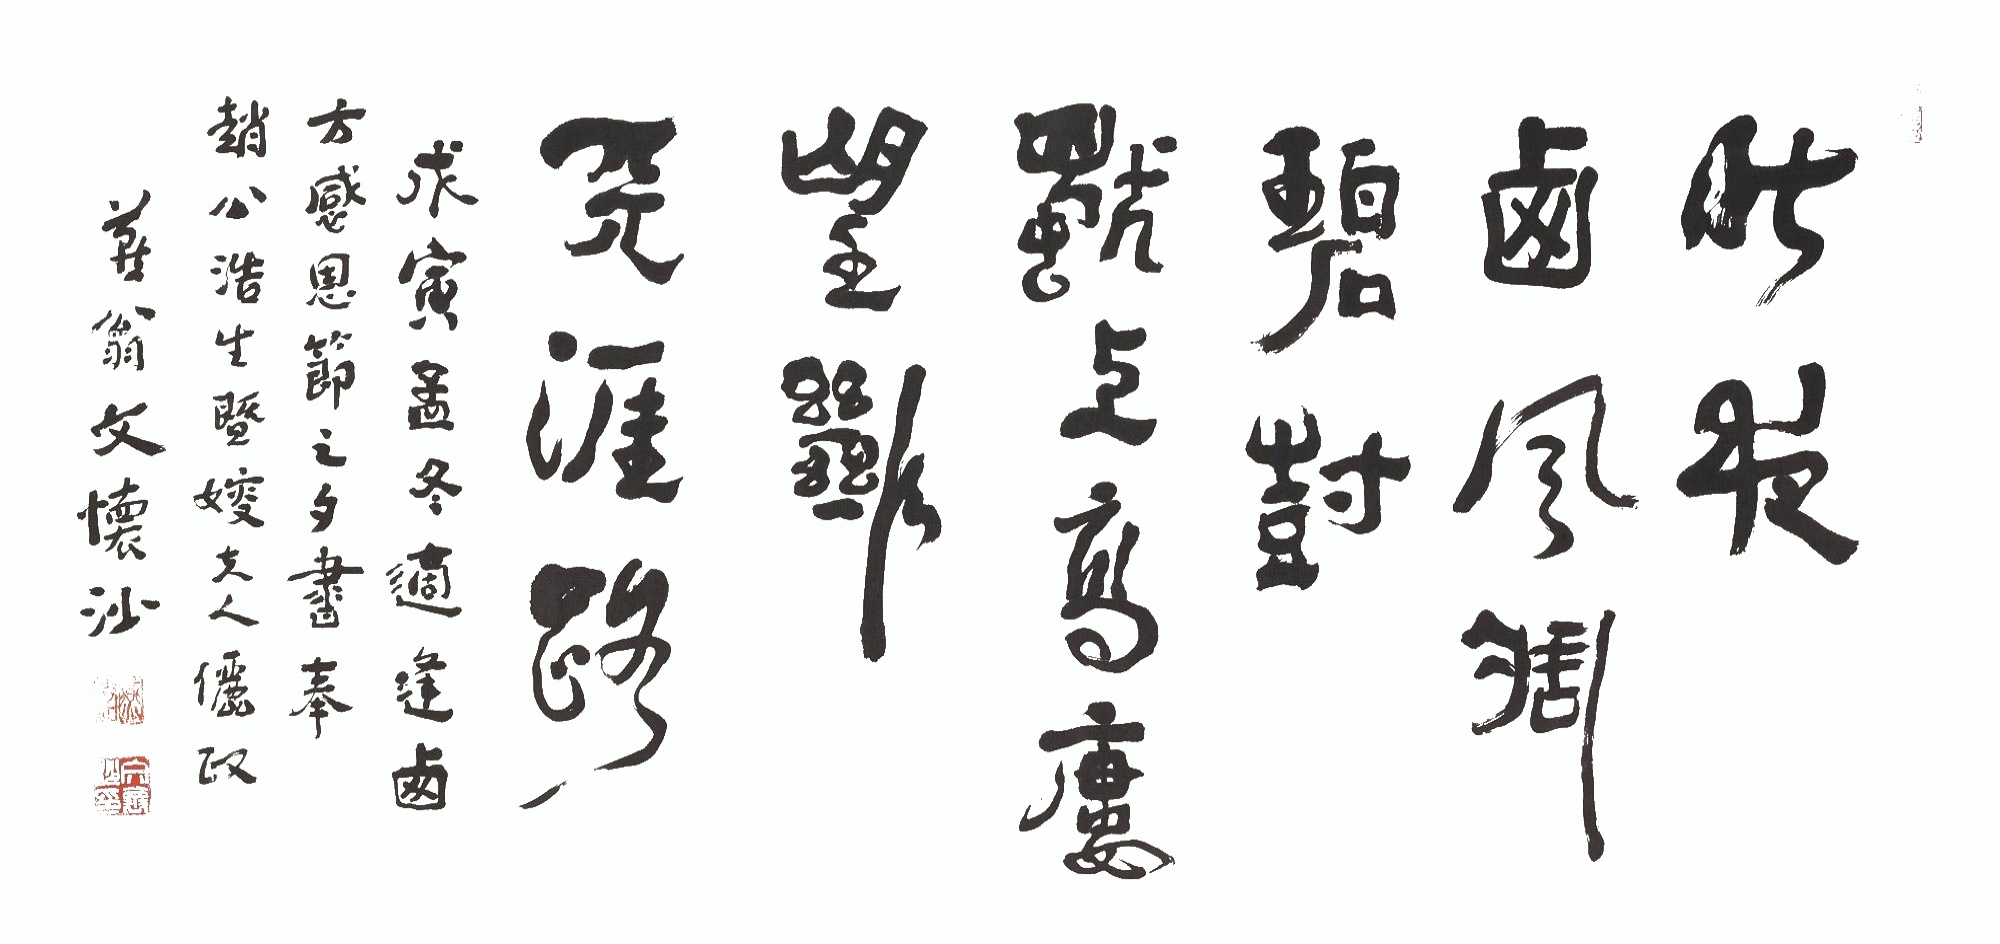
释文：昨夜西风凋碧树。独上高楼，望断天涯路。戊寅（1998年）孟冬，适逢西方感恩节之夕，书奉赵公浩生暨嫂夫人俪政。燕翁文怀沙。